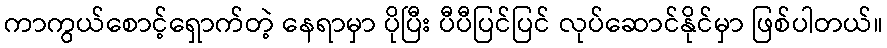
ကာကွယ်စောင့်ရှောက်တဲ့ နေရာမှာ ပိုပြီး ပီပီပြင်ပြင် လုပ်ဆောင်နိုင်မှာ ဖြစ်ပါတယ်။